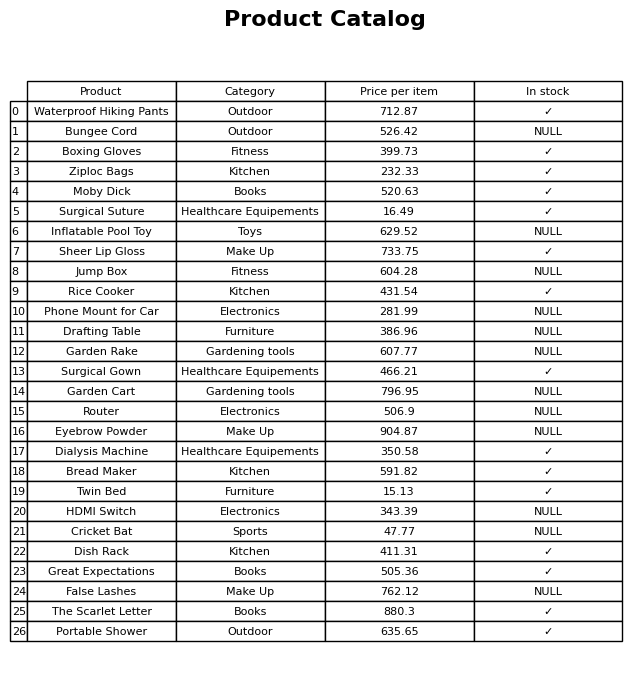
question: What is the price for Eyebrow Powder?
answer: The price of Eyebrow Powder is 904.87.